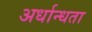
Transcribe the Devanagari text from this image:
अर्धान्धता